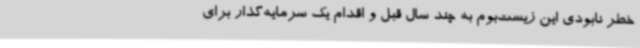
خطر نابودی این زیست‌بوم به چند سال قبل و اقدام یک‌ سرمایه‌گذار برای